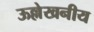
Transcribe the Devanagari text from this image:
ऊल्लेखनीय